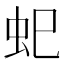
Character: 𮓷